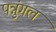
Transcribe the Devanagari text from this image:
पन्नुंगल